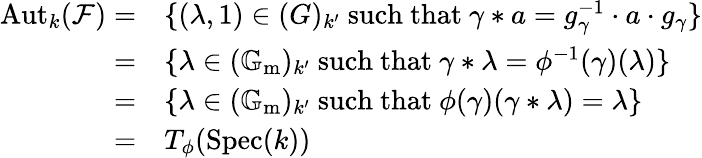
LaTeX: \begin{array}{rl}{\operatorname{Aut}_{k}(\mathcal{F})=}&{\{ (\lambda,1)\in(G)_{k^{\prime}}\mathrm{~such~that~}\gamma*a=g_{\gamma}^{-1}\cdot a\cdot g_{\gamma}\} }\\ {=}&{\{ \lambda\in(\mathbb{G}_{\mathrm{m}})_{k^{\prime}}\mathrm{~such~that~}\gamma*\lambda=\phi^{-1}(\gamma)(\lambda)\} }\\ {=}&{\{ \lambda\in(\mathbb{G}_{\mathrm{m}})_{k^{\prime}}\mathrm{~such~that~}\phi(\gamma)(\gamma*\lambda)=\lambda\} }\\ {=}&{T_{\phi}(\operatorname{Spec}(k))}\end{array}